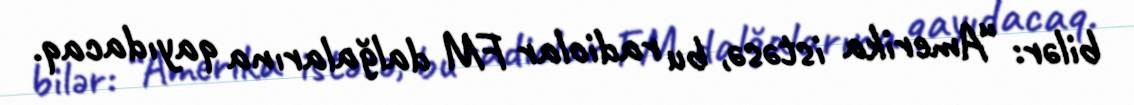
bilər: “Amerika istəsə, bu radiolar FM dalğalarına qayıdacaq.